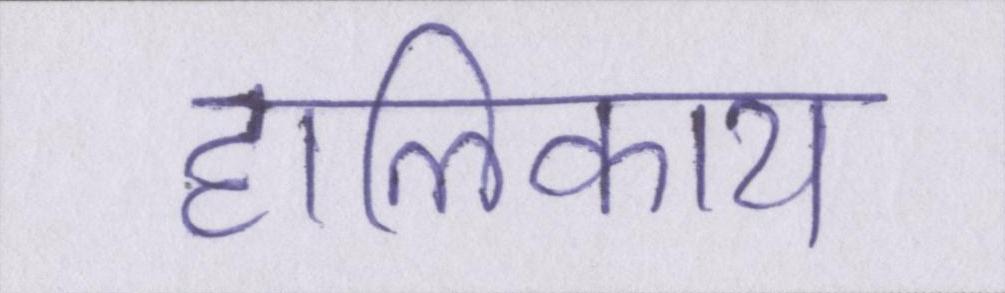
हालिकाय